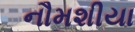
નૌમશીયા